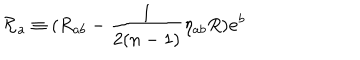
LaTeX: \mathcal { R } _ { a } \equiv ( R _ { a b } - \frac { 1 } { 2 ( n - 1 ) } \eta _ { a b } R ) \mathbf { e } ^ { b }